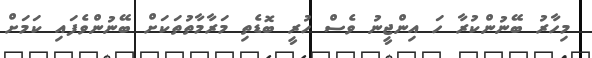
މިހާރު ބޭނުންކުރާ ހަ އިންޖީނު ވެސް ހުރީ ބޮޑެތި މަރާމާތުތަކަށް ބޭނުންވެފައި ކަމަށް